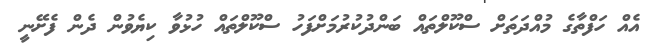
އެއް ހަފްތާގެ މުއްދަތަށް ސްކޫލްތައް ބަންދުކުރުމަށްފަހު ސްކޫލްތައް ހުޅުވާ ކިޔެވުން ދެން ފެށޭނީ